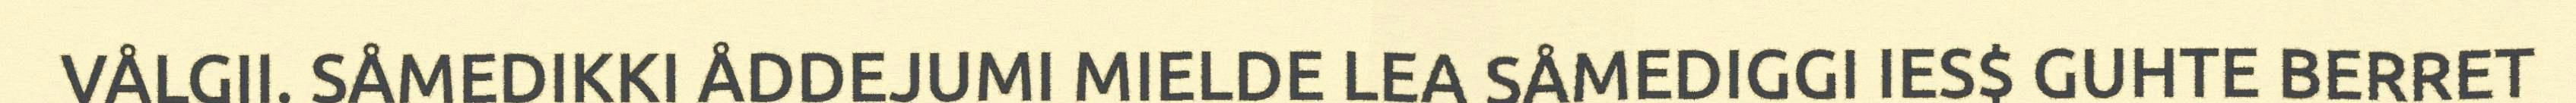
VÅLGII. SÅMEDIKKI ÅDDEJUMI MIELDE LEA SÅMEDIGGI IES$ GUHTE BERRET